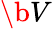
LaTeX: \b{V}